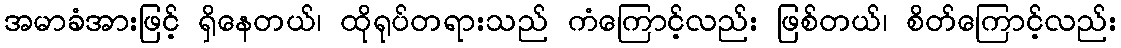
အမာခံအားဖြင့် ရှိနေတယ်၊ ထိုရုပ်တရားသည် ကံကြောင့်လည်း ဖြစ်တယ်၊ စိတ်ကြောင့်လည်း